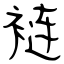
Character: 裢